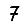
Digit: 7